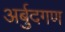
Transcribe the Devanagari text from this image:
अर्बुदगण